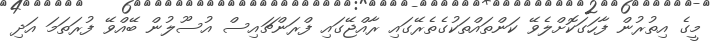
މީގެ އިތުރުން ފާހަގަކޮށްލެވޭ ކަންތައްތަކުގެތެރޭގައި ރާއްޖޭގައި ފްރަންޗައިސް އުސޫލުން ބޭއްވޭ ފުރަތަމަ އަދި